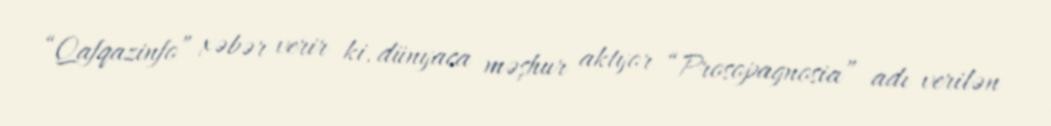
“Qafqazinfo” xəbər verir ki, dünyaca məşhur aktyor “Prosopagnosia” adı verilən